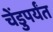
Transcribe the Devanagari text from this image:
चेंडुपर्यंत